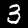
Digit: 3